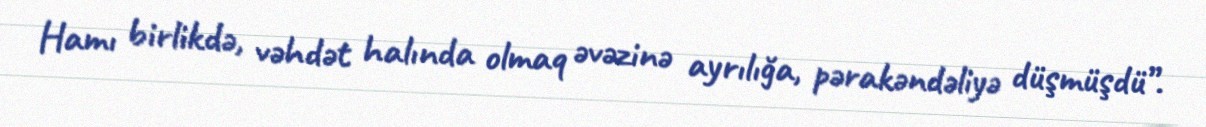
Hamı birlikdə, vəhdət halında olmaq əvəzinə ayrılığa, pərakəndəliyə düşmüşdü”.